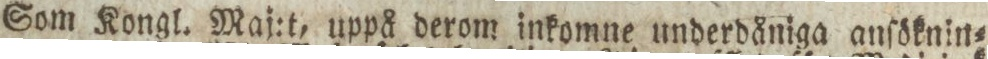
Som Kongl. Maj:t, uppå derom inkomne underdåniga anſöknin=